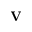
\textbf { V }